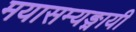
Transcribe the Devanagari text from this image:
मयासम्यङ्मायी